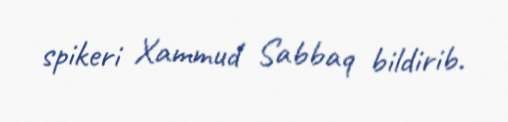
spikeri Xammud Sabbaq bildirib.